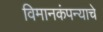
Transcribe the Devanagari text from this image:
विमानकंपन्याचे